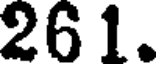
261.